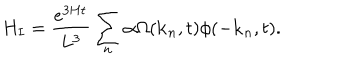
H _ { I } = \frac { e ^ { 3 H t } } { L ^ { 3 } } \sum _ { n } \alpha \Omega ( { \bf k } _ { n } , t ) \phi ( - { \bf k } _ { n } , t ) .